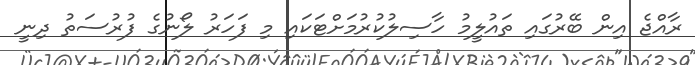
ރާއްޖެ އިން ބޭރުގައި ތައުލީމު ހާސިލުކުރުމަށްޓަކައި މި ފަހަރު ލޯނުގެ ފުރުސަތު ދިނީ